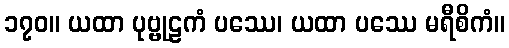
၁၇၀။ ယထာ ပုဗ္ဗုဠကံ ပဿေ၊ ယထာ ပဿေ မရီစိကံ။